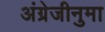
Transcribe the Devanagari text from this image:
अंग्रेजीनुमा